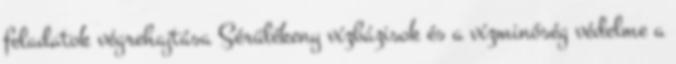
feladatok végrehajtása Sérülékeny vízbázisok és a vízminőség védelme a